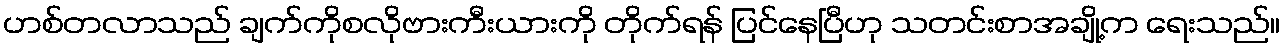
ဟစ်တလာသည် ချက်ကိုစလိုဗားကီးယားကို တိုက်ရန် ပြင်နေပြီဟု သတင်းစာအချို့က ရေးသည်။